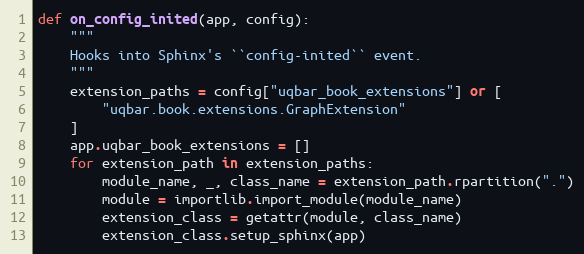
Language: Python
def on_config_inited(app, config):
    """
    Hooks into Sphinx's ``config-inited`` event.
    """
    extension_paths = config["uqbar_book_extensions"] or [
        "uqbar.book.extensions.GraphExtension"
    ]
    app.uqbar_book_extensions = []
    for extension_path in extension_paths:
        module_name, _, class_name = extension_path.rpartition(".")
        module = importlib.import_module(module_name)
        extension_class = getattr(module, class_name)
        extension_class.setup_sphinx(app)